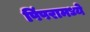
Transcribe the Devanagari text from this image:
पिंपरामध्ये